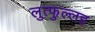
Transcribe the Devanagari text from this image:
लुत्फुल्लह